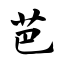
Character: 芭